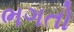
ભગતો